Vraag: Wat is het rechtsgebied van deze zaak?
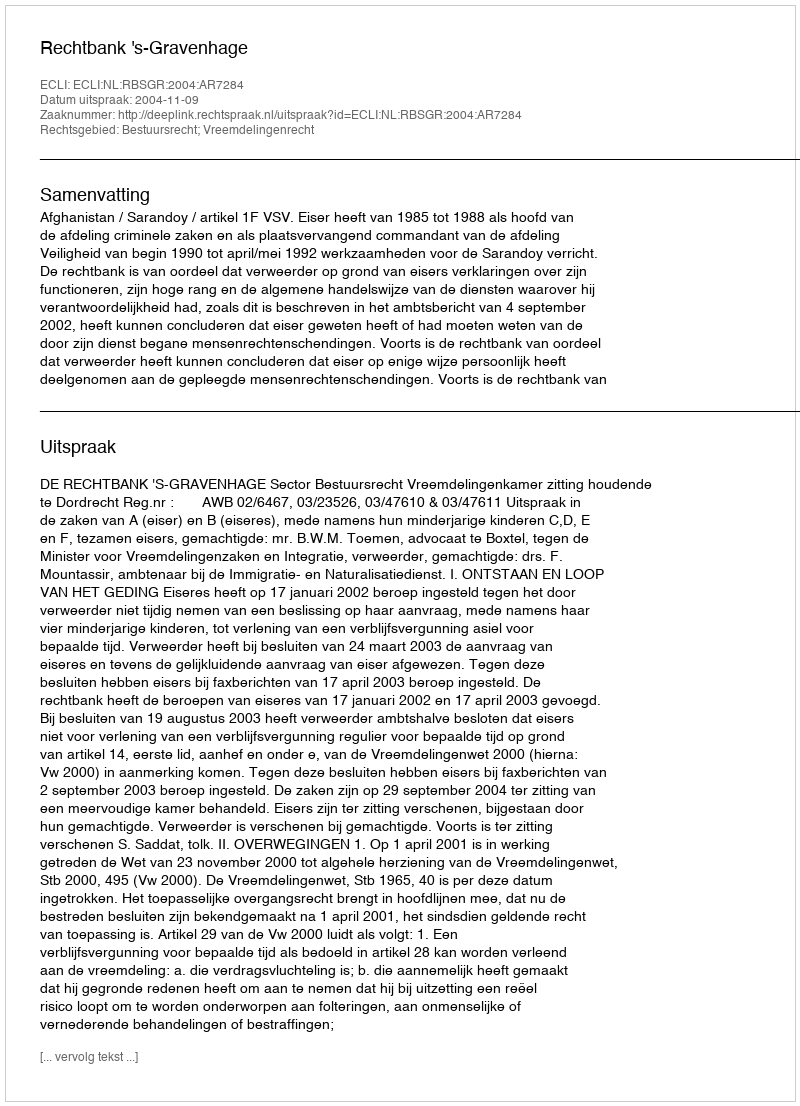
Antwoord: Bestuursrecht; Vreemdelingenrecht